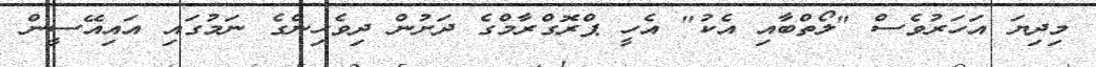
މިދިޔަ އަހަރުވެސް "ލޯތްބާއި އެކު" އެހީ ޕްރޮގްރާމްގެ ދަށުން ދިވެހިންގެ ނަމުގައި އައިއޭސީން